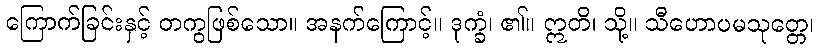
ကြောက်ခြင်းနှင့် တကွဖြစ်သော။ အနက်ကြောင့်။ ဒုက္ခံ၊ ၏။ ဣတိ၊ သို့။ သီဟောပမသုတ္တေ၊